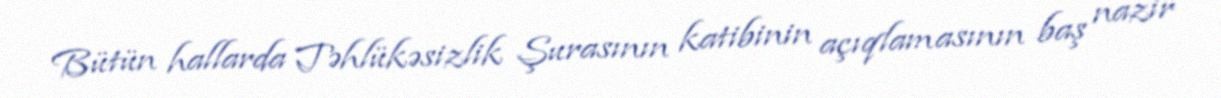
Bütün hallarda Təhlükəsizlik Şurasının katibinin açıqlamasının baş nazir